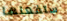
ستفعلها